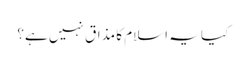
کیا یہ اسلام کا مذاق نہیں ہے؟